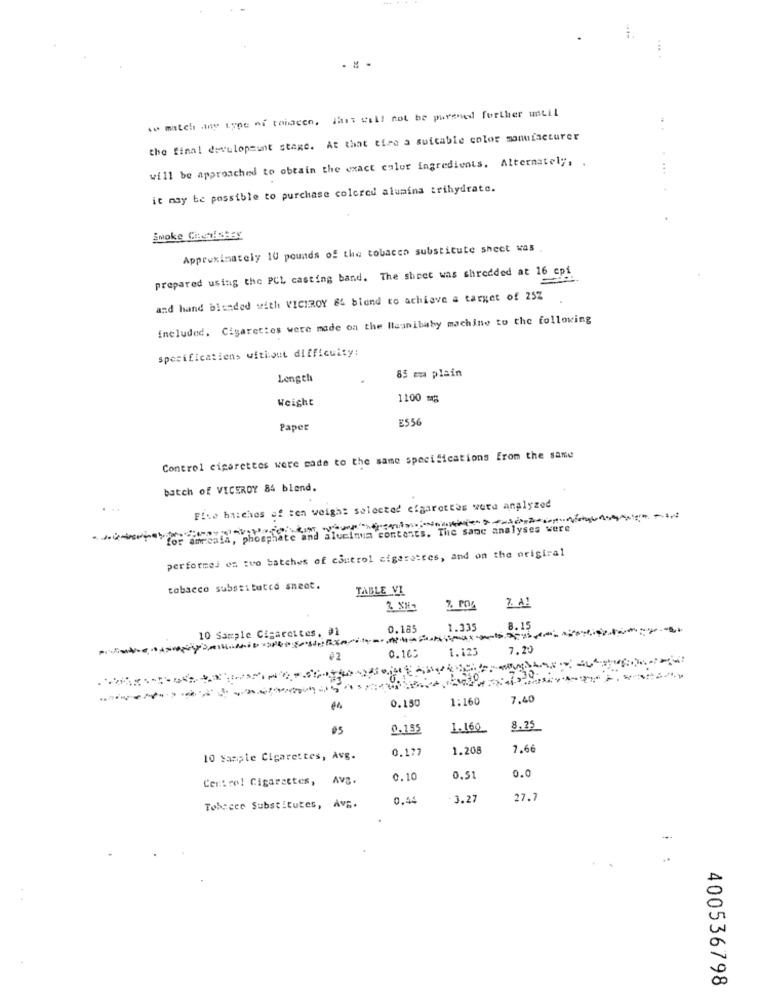
to match iny type of tobacco, That will not be purened further until
the final developsunt stage. At that time a suitable color manufacturer
will be approached to obtain the exact color ingredients. Alternately, .
it may be possible to purchase colored alumina trihydrate.
Smoke Chemisesy
Approximately 10 pounds of the tobacco substitute sheet was
prepared using the PCL casting band. The sheet was shredded at 16 cpf
and hand blended with VICEROY &4 blend to achieve a target of 25Z
included. Cigarettes were made on the launibaby machine to the following
specificatiens without difficulty:
Length
85 mm plain
Weight
1100 mg
ESSE
Paper
Control cigarettes were made to the same specifications from the same
batch of VICEROY 84 blend.
Five hisches af ten weighs selected cigarettes were analyzed
r amcala, phosphate and aluminum contents. The same analyses were
performej en tuo batches of control cigarettes, and on the orisiral
tobacco substituted snect.
TABLE VI
2 XH
Z. A1
10 Sample Cigarettes, 91
0.185
1.335
8.15
0.16:
1.125
7.2:
7.30-
0.150
1:160
7,40
44
05
0.155
1.160
8.35
0.177
1.208
7.66
10 Sample Cigarettes, Avg.
0.0
Centro! Cigarettes, AVS.
0.10
0.51
0,44
- 3.27
27.
Tobacco Substitutes, Av ;.
--
400536798